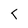
Character: T